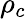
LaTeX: \rho_{c}